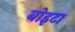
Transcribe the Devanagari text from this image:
बोइटा